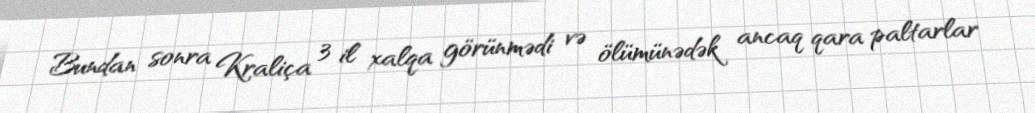
Bundan sonra Kraliça 3 il xalqa görünmədi və ölümünədək ancaq qara paltarlar